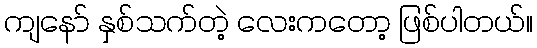
ကျနော် နှစ်သက်တဲ့ လေးကတော့ ဖြစ်ပါတယ်။